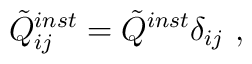
\tilde{Q}_{ij}^{inst}=\tilde{Q}^{inst} \delta_{ij} \ ,